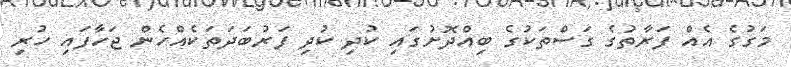
މަގުގެ އެއް ފަރާތުގެ ގަސްތަކުގެ ބިއްދޮށުގައި ކުދި ކުދި ފަރުބަދަތަކެއްހެން ޖަހާފައި ހުރި